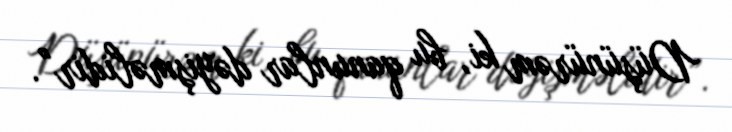
Düşünürəm ki, bu qanunlar dəyişməlidir”.